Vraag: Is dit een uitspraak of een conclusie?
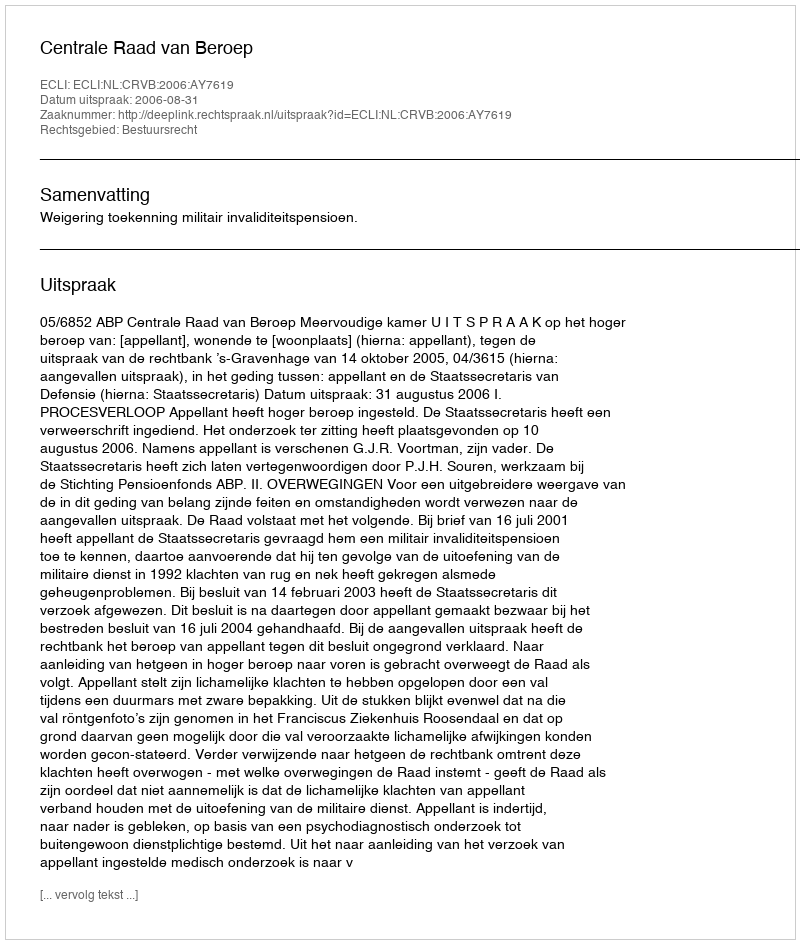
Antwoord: Uitspraak